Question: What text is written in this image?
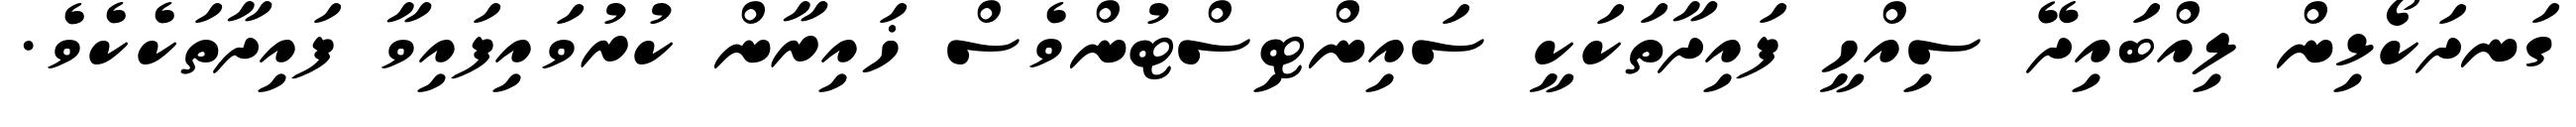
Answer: ގަނދަކޯޅިން ލިއްބައިދޭ ސިއްހީ ފައިދާތަކަކީ ސައިންޓިސްޓުންވެސް ޚައިރާން ކުރުވައިފައިވާ ފައިދާތަކެކެވެ.